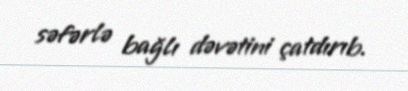
səfərlə bağlı dəvətini çatdırıb.